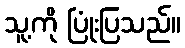
သူ့ကို ပြုံးပြသည်။